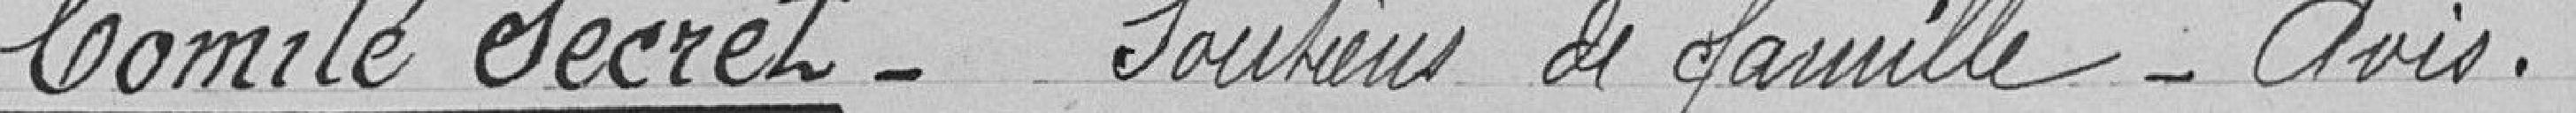
Comité Secret_   Soutiens de famille_ Avis .